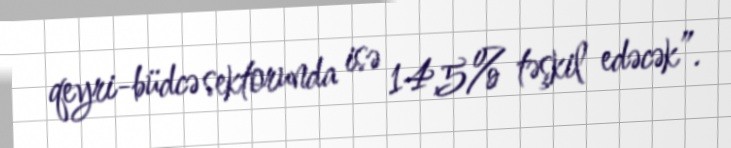
qeyri-büdcə sektorunda isə 14,5% təşkil edəcək”.